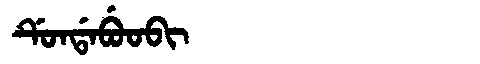
Manchu: ᡩᡠᠨᡩᠠᠪᡠᠣᠪᡳ
Romanization: DUNDABUOBI